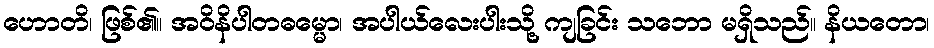
ဟောတိ၊ ဖြစ်၏။ အဝိနိပါတဓမ္မော၊ အပါယ်လေးပါးသို့ ကျခြင်း သဘော မရှိသည်။ နိယတော၊